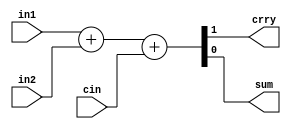
module fulladder(
    output crry,
    output sum,
    input in1,
    input in2,
    input cin);

assign {crry, sum} = in1 + in2 + cin;
endmodule